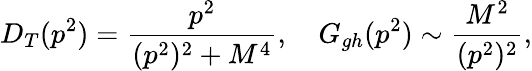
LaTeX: D_{T}(p^{2})={\frac{p^{2}}{(p^{2})^{2}+M^{4}}},\quad G_{gh}(p^{2})\sim{\frac{M^{2}}{(p^{2})^{2}}},